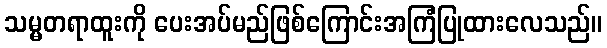
သမ္မတရာထူးကို ပေးအပ်မည်ဖြစ်ကြောင်းအကြံပြုထားလေသည်။